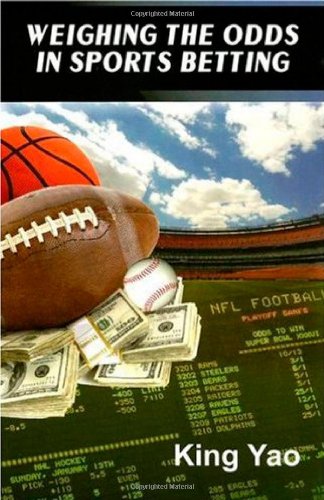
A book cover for Weighing the Odds in Sports Betting; King Yao; Humor & Entertainment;